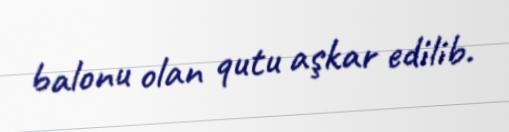
balonu olan qutu aşkar edilib.